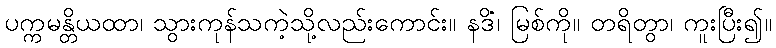
ပက္ကမန္တိယထာ၊ သွားကုန်သကဲ့သို့လည်းကောင်း။ နဒိံ၊ မြစ်ကို။ တရိတွာ၊ ကူးပြီး၍။